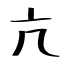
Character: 亢